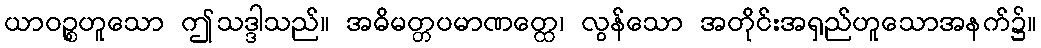
ယာဝဉ္စဟူသော ဤသဒ္ဒါသည်။ အဓိမတ္တပမာဏတ္ထေ၊ လွန်သော အတိုင်းအရှည်ဟူသောအနက်၌။